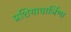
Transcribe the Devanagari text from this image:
प्रशियाधार्जिणा